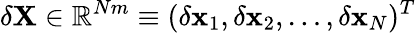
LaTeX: \delta{\mathbf{X}}\in\mathbb{R}^{Nm}\equiv(\delta{\mathbf{x}}_{1},\delta{\mathbf{x}}_{2},\dots,\delta{\mathbf{x}_{N}})^{T}